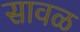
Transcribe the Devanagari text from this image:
सावळ